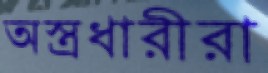
অস্ত্রধারীরা